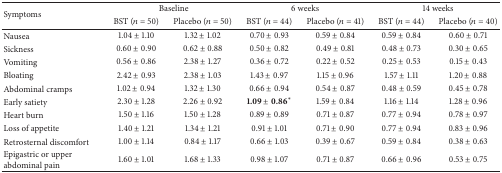
| <ROWSPAN=2> Symptoms | <COLSPAN=2> Baseline | <COLSPAN=2> 6 weeks | <COLSPAN=2> 14 weeks |
 | BST (n = 50) | Placebo (n = 50) | BST (n = 44) | Placebo (n = 41) | BST (n = 44) | Placebo (n = 40) |
 | --- | --- | --- | --- | --- | --- | --- |
 | Nausea | 1.04 ± 1.10 | 1.32 ± 1.02 | 0.70 ± 0.93 | 0.59 ± 0.84 | 0.59 ± 0.84 | 0.60 ± 0.71 |
 | Sickness | 0.60 ± 0.90 | 0.62 ± 0.88 | 0.50 ± 0.82 | 0.49 ± 0.81 | 0.48 ± 0.73 | 0.30 ± 0.65 |
 | Vomiting | 0.56 ± 0.86 | 2.38 ± 1.27 | 0.36 ± 0.72 | 0.22 ± 0.52 | 0.25 ± 0.53 | 0.15 ± 0.43 |
 | Bloating | 2.42 ± 0.93 | 2.38 ± 1.03 | 1.43 ± 0.97 | 1.15 ± 0.96 | 1.57 ± 1.11 | 1.20 ± 0.88 |
 | Abdominal cramps | 1.02 ± 0.94 | 1.32 ± 1.30 | 0.66 ± 0.94 | 0.54 ± 0.87 | 0.48 ± 0.59 | 0.45 ± 0.78 |
 | Early satiety | 2.30 ± 1.28 | 2.26 ± 0.92 | 1.09 ± 0.86* | 1.59 ± 0.84 | 1.16 ± 1.14 | 1.28 ± 0.96 |
 | Heart burn | 1.50 ± 1.16 | 1.50 ± 1.28 | 0.89 ± 0.89 | 0.71 ± 0.87 | 0.77 ± 0.94 | 0.78 ± 0.97 |
 | Loss of appetite | 1.40 ± 1.21 | 1.34 ± 1.21 | 0.91 ± 1.01 | 0.71 ± 0.90 | 0.77 ± 0.94 | 0.83 ± 0.96 |
 | Retrosternal discomfort | 1.00 ± 1.14 | 0.84 ± 1.17 | 0.66 ± 1.03 | 0.39 ± 0.67 | 0.59 ± 0.84 | 0.38 ± 0.63 |
 | Epigastric or upper abdominal pain | 1.60 ± 1.01 | 1.68 ± 1.33 | 0.98 ± 1.07 | 0.71 ± 0.87 | 0.66 ± 0.96 | 0.53 ± 0.75 |